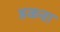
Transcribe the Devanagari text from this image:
डकवा